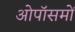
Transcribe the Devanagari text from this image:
ओपॉसमों